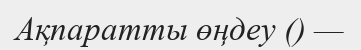
Ақпаратты өңдеу () —